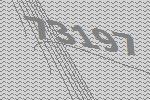
73197